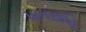
પાતસાહિ